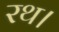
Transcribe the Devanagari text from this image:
रथ।